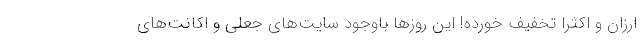
ارزان و اکثراً تخفیف خورده! این روزها باوجود سایت‌های جعلی و اکانت‌های